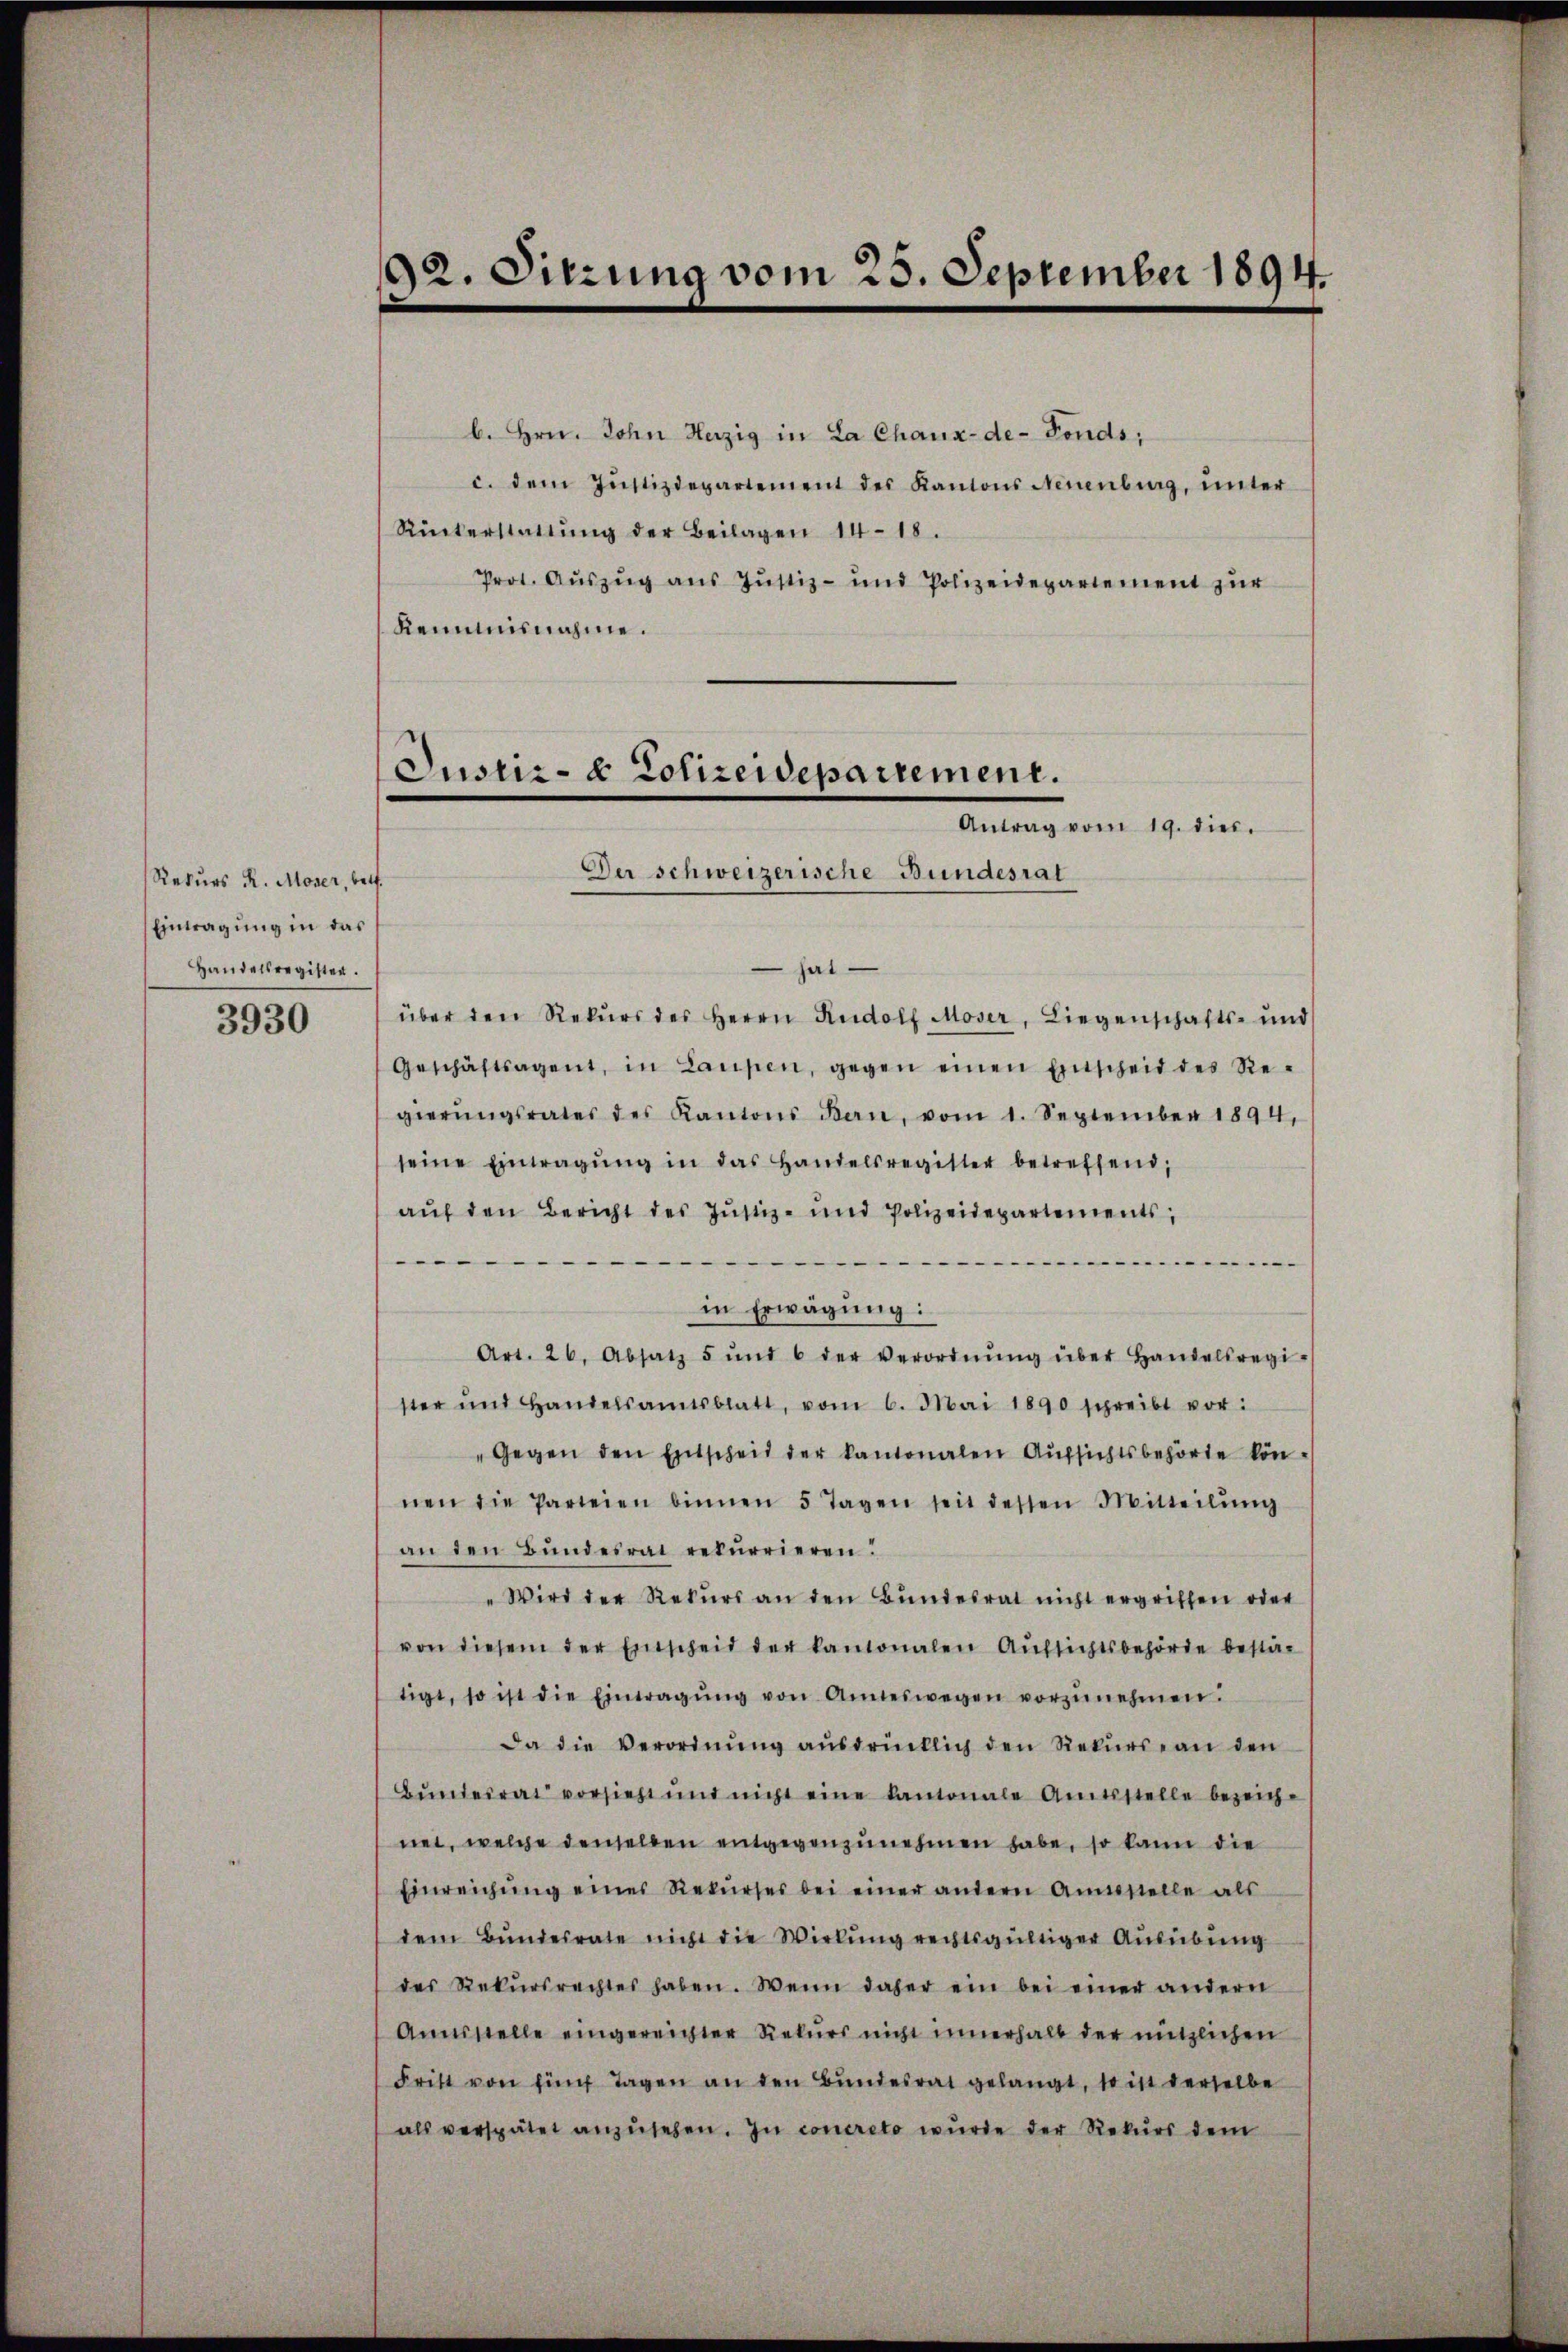
Rekurs R. Moser, betr.
Eintragung in das
Handelsregister.

3930

92. Sitzung vom 25. September 1894.

b. Hrn. John Herzig in La Chaux-de-Fonds,
c. dem Jŭstizdepartement des Kantons Neuenburg, ŭnter
Rückerstattŭng der Beilagen 14-18.
Prot. Aŭszŭg ans Jŭstiz- und Polizeidepartement zŭr
Kenntnisnahme.

Justiz- & Polizeidepartement.
Antrag vom 19. dies.
Der schweizerische Bundesrat

hat
über den Rekŭrs des Herrn Rudolf Moser, Liegenschafts- und
Geschäftsagent, in Laupen, gegen einen Einscheid des Re-
gierŭngsrates des Kantons Ban, vom 1. September 1894,
seine Eintragŭng in das Handelsregister betreffend,
aŭf den Bericht des Jŭstiz- und Polizeidepartements,
..........
in Erwägung:
Art. 26. Absatz 5 ŭnd 6 der Verordnŭng über Handelsregi-
ster und Handelsamtsblatt, vom 6. Mai 1890 schreibt vor:
"Gegen den Entscheid der kantonalen Aŭfsichtsbehörte kön-
nen die Parteien binnen 5 Tagen seit dessen Mitteilŭng
an den Bundesrat rekurrieren.
"Wird der Rekŭrs an den Bŭndesrat nicht ergriffen oder
von diesem der Einscheid der kantonalen Aŭfsichtsbehörde bestä-
tigt, so ist die Eintragŭng von Anneswegen vorzŭnehmen.
Da die Verordnŭng aŭsdrücklich den Rekurse an den
Bunderrat vorsieht und nicht eine kantonale Amtsstelle bezeichnet, welche denselben entgegenzunehmen habe, so kann die
Einreichŭng einer Rekŭrses bei einer andern Anstelle als
dem Bŭndesrate nicht die Wirkung rechtsgültiger Ausübung
des Rekŭrsrechtes haben. Wenn daher ein bei einer andern
Annsstelle eingereichter Rekurs nicht innerhalb der nützlichen
Fritt von fing Tagen an den Bundesrat gelangt, so ist derselbe
als verspätet anzŭsehen. In concreto wurde der Rekurs dem